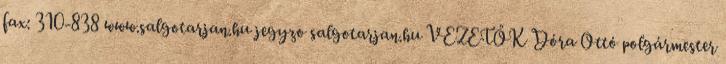
fax: 310-838 www.salgotarjan.hu jegyzo salgotarjan.hu VEZETŐK Dóra Ottó polgármester